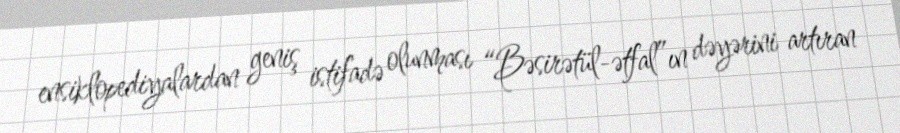
ensiklopediyalardan geniş istifadə olunması “Bəsirətül-ətfal”ın dəyərini artıran